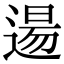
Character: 逿